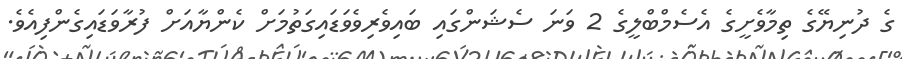
ގެ ދުނިޔޭގެ ތިމާވެށީގެ އެސެމްބްލީގެ 2 ވަނަ ސެޝަންގައި ބައިވެރިވެވަޑައިގަތުމަށް ކެންޔާއަށް ފުރާވަޑައިގެންފިއެވެ.